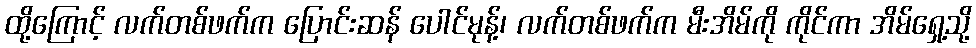
ထို့ကြောင့် လက်တစ်ဖက်က ပြောင်းဆန် ပေါင်မုန့်၊ လက်တစ်ဖက်က မီးအိမ်ကို ကိုင်ကာ အိမ်ရှေ့သို့